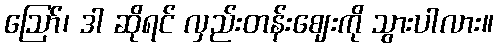
ဪ၊ ဒါ ဆိုရင် လှည်းတန်းဈေးကို သွားပါလား။